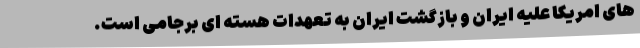
های امریکا علیه ایران و بازگشت ایران به تعهدات هسته ای برجامی است.